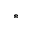
*